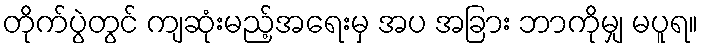
တိုက်ပွဲတွင် ကျဆုံးမည့်အရေးမှ အပ အခြား ဘာကိုမျှ မပူရ။